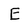
Character: E